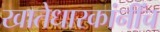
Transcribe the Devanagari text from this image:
खातेधारकांनींच